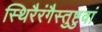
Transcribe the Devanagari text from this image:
स्थिरैरंगैस्तुष्टुवां